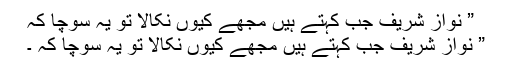
” نواز شریف جب کہتے ہیں مجھے کیوں نکالا تو یہ سوچا کہ
” نواز شریف جب کہتے ہیں مجھے کیوں نکالا تو یہ سوچا کہ ۔